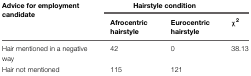
<table><thead><tr><td><b>Advice for employment candidate</b></td><td colspan="3"><b>Hairstyle condition</b></td></tr><tr><td></td><td><b>Afrocentric hairstyle</b></td><td><b>Eurocentric hairstyle</b></td><td><b>χ<sup>2</sup></b></td></tr></thead><tbody><tr><td>Hair mentioned in a negative way</td><td>42</td><td>0</td><td>38.13</td></tr><tr><td>Hair not mentioned</td><td>115</td><td>121</td><td></td></tr></tbody></table>